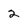
Character: 2